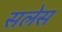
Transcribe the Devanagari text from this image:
सलेस